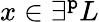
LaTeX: x\in\exists^{\mathtt{p}}L